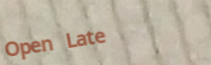
Open Late